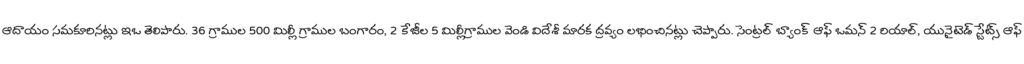
ఆదాయం సమకూరినట్లు ఇఒ తెలిపారు. 36 గ్రాముల 500 మిల్లీ గ్రాముల బంగారం, 2 కేజీల 5 మిల్లీగ్రాముల వెండి విదేశీ మారక ద్రవ్యం లభించినట్లు చెప్పారు. సెంట్రల్ బ్యాంక్ ఆఫ్ ఒమన్ 2 రియాల్, యునైటెడ్ స్టేట్స్ ఆఫ్